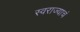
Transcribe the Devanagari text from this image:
स्वराज्याचं